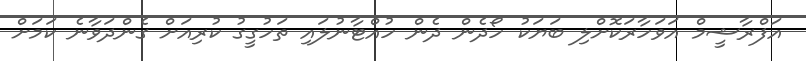
އަފްރާޝީމް އަވަހާރަކޮށްލި ބަޔަކު ހޯދެން ދެން ހުއްޓާނުލައި ތަހުގީގު ކުރިއަށް ގެންދަވާނެ ކަމަށް